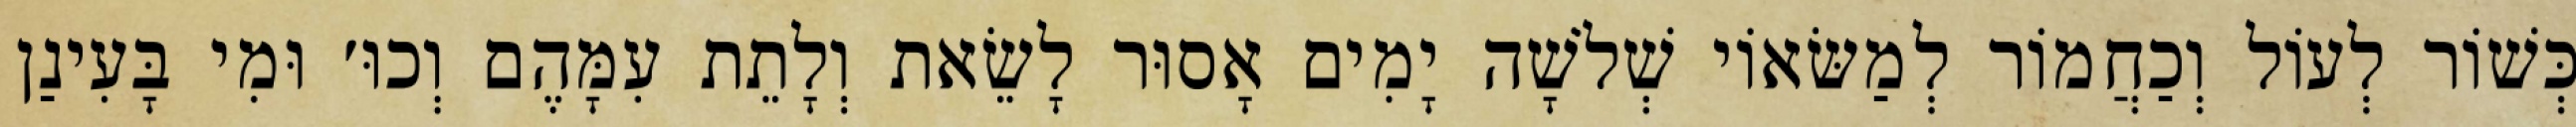
כְּשׁוֹר לְעוֹל וְכַחֲמוֹר לְמַשּׂאוֹי שְׁלֹשָׁה יָמִים אָסוּר לָשֵׂאת וְלָתֵת עִמָּהֶם וְכוּ׳ וּמִי בָּעִינַן